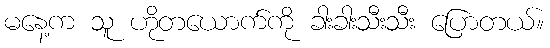
မနေ့က သူ ဟိုတယောက်ကို ခါးခါးသီးသီး ပြောတယ်။